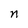
Character: n